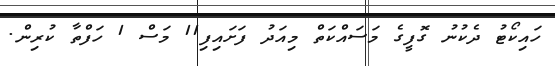
ހައިކޯޓު ދެކުނު ގޮފީގެ މަސައްކަތް މިއަދު ފަށައިފި11 މަސް 1 ހަފްތާ ކުރިން.